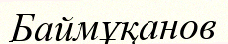
Баймұқанов